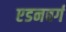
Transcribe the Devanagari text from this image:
एडनबर्ग